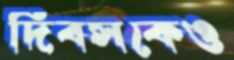
দিবসকেও